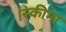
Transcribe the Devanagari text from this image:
।स्कीमा